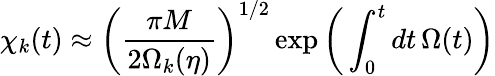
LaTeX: \chi_{k}(t)\approx\bigg(\frac{\pi M}{2\Omega_{k}(\eta)}\bigg)^{1/2}\exp\bigg(\int_{0}^{t}dt\, \Omega(t)\bigg)